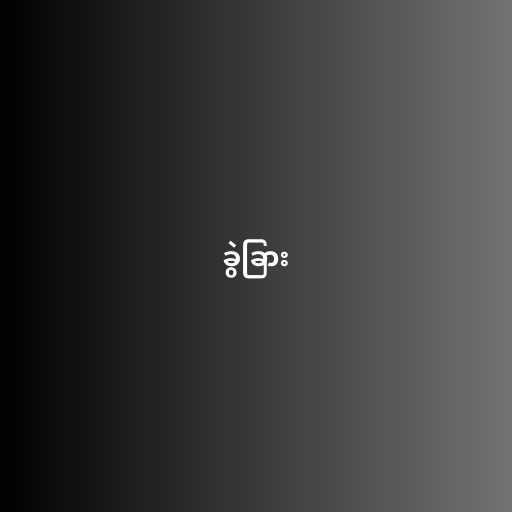
ခွဲခြား